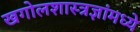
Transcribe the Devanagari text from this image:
खगोलशास्त्रज्ञांमध्ये